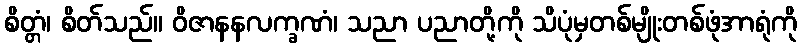
စိတ္တံ၊ စိတ်သည်။ ဝိဇာနနလက္ခဏံ၊ သညာ ပညာတို့ကို သိပုံမှတစ်မျိုးတစ်ဖုံအာရုံကို